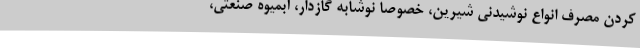
کردن مصرف انواع نوشیدنی شیرین، خصوصا نوشابه گازدار، آبمیوه صنعتی،